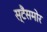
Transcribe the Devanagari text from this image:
स्टैंसमोर